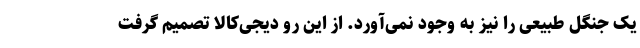
یک جنگل طبیعی را نیز به وجود نمی‌آورد. از این رو دیجی‌کالا تصمیم گرفت